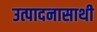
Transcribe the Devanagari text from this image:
उत्पादनासाथी